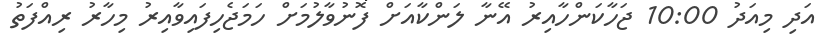
އަދި މިއަދު 10:00 ޖަހާކަންހާއިރު އޭނާ ލަންކާއަށް ފޮނުވާލުމަށް ހަމަޖެހިފައިވާއިރު މިހާރު ރިއްފަތު